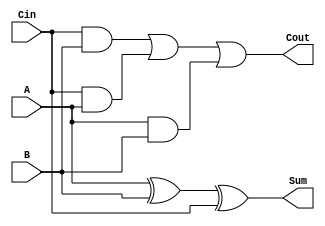
`timescale 1ns / 1ps
//////////////////////////////////////////////////////////////////////////////////
// Company: 
// Engineer: 
// 
// Design Name: 
// Module Name: fulladder
// Project Name: 
// Target Devices: 
// Tool Versions: 
// Description: 
// 
// Dependencies: 
// 
// Revision:
// Revision 0.01 - File Created
// Additional Comments:
// 
//////////////////////////////////////////////////////////////////////////////////


module fulladder(
    input A,
    input B,
    input Cin,
    output Sum,
    output Cout
    );
    assign Sum =(A^B^Cin);
    assign Cout= (Cin&B)|(Cin&A)|(A&B);
endmodule